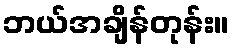
ဘယ်အချိန်တုန်း။